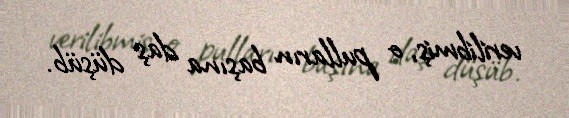
verilibmiş, o pulların başına daş düşüb.